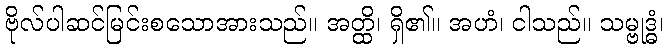
ဗိုလ်ပါဆင်မြင်းစသောအားသည်။ အတ္ထိ၊ ရှိ၏။ အဟံ၊ ငါသည်။ သမ္ဗုဒ္ဓံ၊